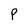
Character: P